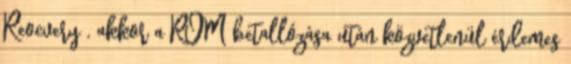
Reocvery , akkor a ROM betallózása után közvetlenül érdemes